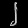
Digit: ၂